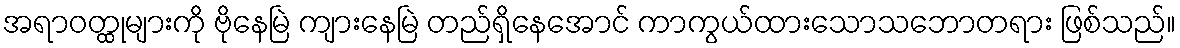
အရာဝတ္ထုများကို ဗိုနေမြဲ ကျားနေမြဲ တည်ရှိနေအောင် ကာကွယ်ထားသောသဘောတရား ဖြစ်သည်။